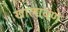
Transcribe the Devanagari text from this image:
खालावणे